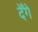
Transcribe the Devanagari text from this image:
देँगे